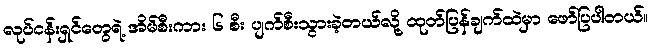
လုပ်ငန်းရှင်တွေရဲ့ အိမ်စီးကား ၆ စီး ပျက်စီးသွားခဲ့တယ်လို့ ထုတ်ပြန်ချက်ထဲမှာ ဖော်ပြပါတယ်။